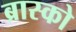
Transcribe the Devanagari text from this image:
ब्रास्को